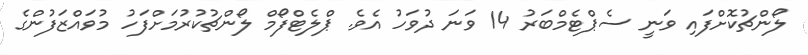
ލޯންޗުކޮށްފައި ވަނީ ސެޕްޓެމްބަރު 14 ވަނަ ދުވަހު އެވެ. ޕްލެޓްފޯމް ލޯންޗުކުރުމަށްފަހު މުވައްޒަފުންގެ